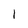
Character: 1